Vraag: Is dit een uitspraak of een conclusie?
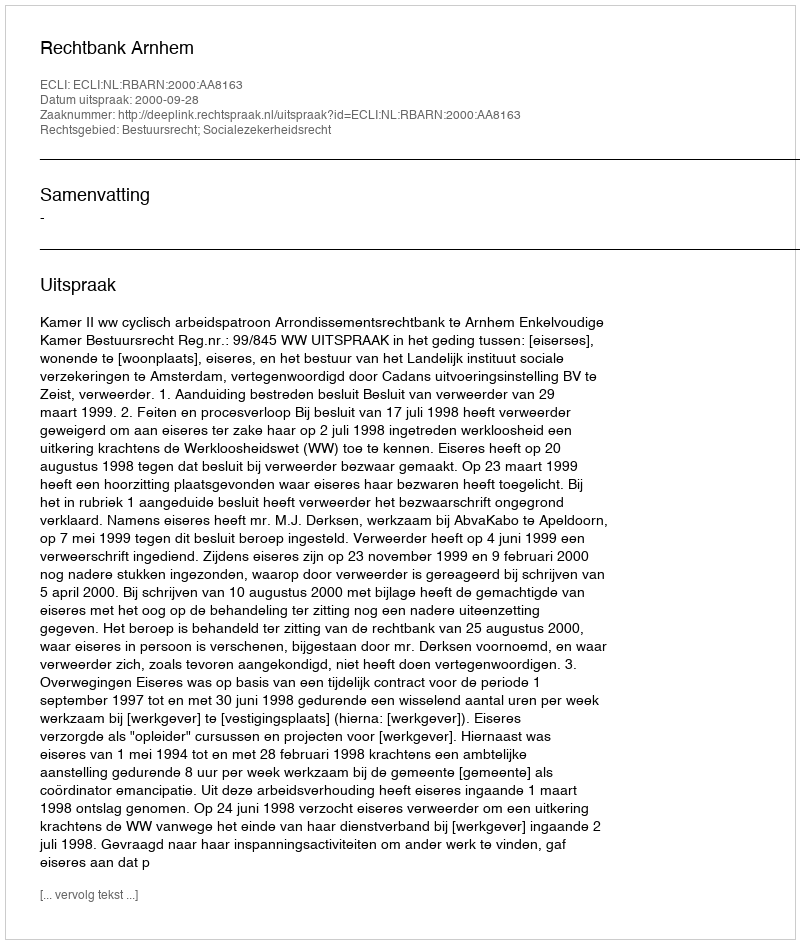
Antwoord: Uitspraak